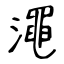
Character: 澠